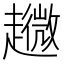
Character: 𧾘